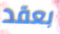
بعقد